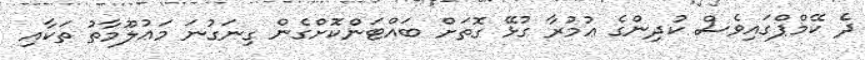
ދެ ކޭމްޕްގައިވެސް ކުދިންގެ ޢުމުރާ ގުޅޭ ގޮތަށް ބައްޓަންކޮށްގެން ގިނަގުނަ މަޢުލޫމާތު ތަކާއި